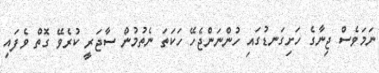
ނަމަވެސް ޖިނާގެ ހަށިގަނޑުގައި ހުންނަންޖެހޭ ހަކަތަ ނެތުމުން ސާޖަރީ ކުރެވޭ ގޮތް ވެފައި